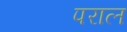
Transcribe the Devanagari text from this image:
पराल